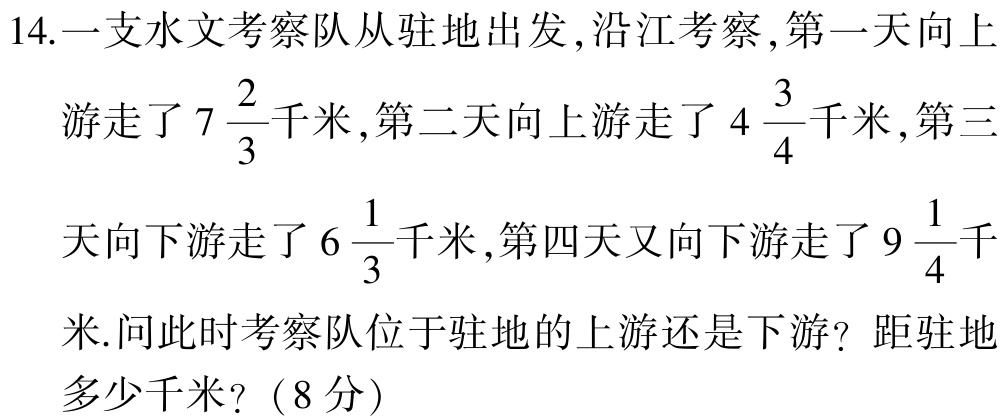
14.一支水文考察队从驻地出发,沿江考察,第一天向上

游走了\(7\frac{2}{3}\)千米,第二天向上游走了\(4\frac{3}{4}\)千米,第三

天向下游走了\(6\frac{1}{3}\)千米,第四天又向下游走了\(9\frac{1}{4}\)千

米.问此时考察队位于驻地的上游还是下游？距驻地

多少千米？（8分）